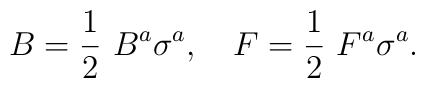
B = \frac{1}{2} ~B^a \sigma^a, \quad F = \frac{1}{2}~F^a \sigma^a.